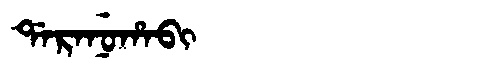
Manchu: ᡩᠠᡵᠠᠨᡠᡥᠠᠪᡳ
Romanization: DARANUHABI